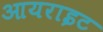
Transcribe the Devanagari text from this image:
आयराइट